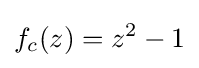
f_{c}(z)=z^{2}-1